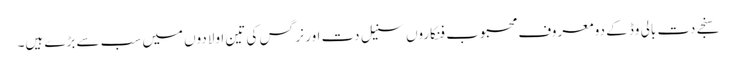
سنجے دت بالی وڈ کے دو معروف محبوب فنکاروں سنیل دت اور نرگس کی تین اولادوں میں سب سے بڑے ہیں۔